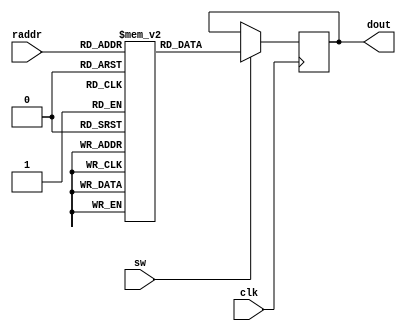
module my_rom (
	input 		[3:0] 	raddr,
	input 					clk,
	input						sw,
	output reg	[3:0]		dout
	);
	
	reg [3:0] arr [0:15];
	
	initial begin
		arr[0] = 4'h0;
		arr[1] = 4'h1;
		arr[2] = 4'h2;
		arr[3] = 4'h3;
		arr[4] = 4'h4;
		arr[5] = 4'h5;
		arr[6] = 4'h6;
		arr[7] = 4'h7;
		arr[8] = 4'h8;
		arr[9] = 4'h9;
		arr[10] = 4'ha;
		arr[11] = 4'hb;
		arr[12] = 4'hc;
		arr[13] = 4'hd;
		arr[14] = 4'he;
		arr[15] = 4'h0;
		dout = 0;
	end
	
	always @(posedge clk)
		if (sw == 1)
			dout = arr[raddr];
		
endmodule